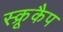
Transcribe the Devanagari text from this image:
स्क्रूकैप